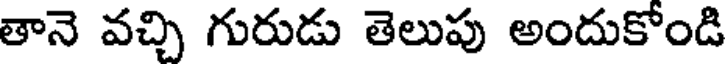
తానె వచ్చి గురుడు తెలుపు అందుకోండి